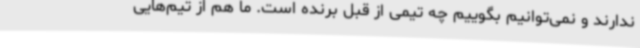
ندارند و نمی‌توانیم بگوییم چه تیمی از قبل برنده است. ما هم از تیم‌هایی